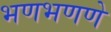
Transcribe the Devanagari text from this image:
भणभणणे